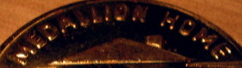
MEDALLION HOME